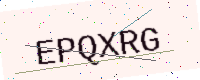
Text: EPQXRG